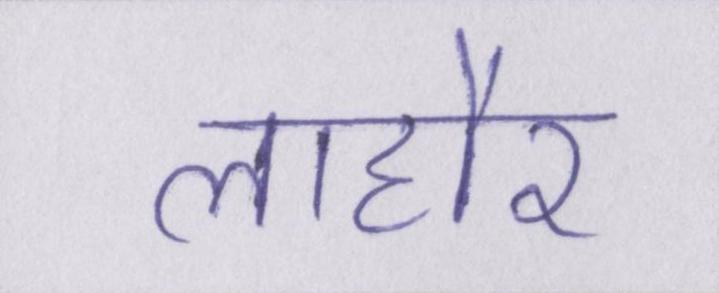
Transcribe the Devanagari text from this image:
लाहौर